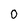
Character: 0